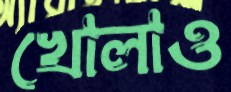
খোলাও